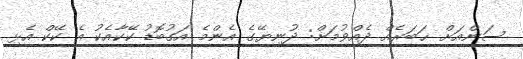
ސަންއަށް ޚަބަރެއް ދެއްވުމަށް: ދުނިޔޭގެ އެންމެ އަގުބޮޑު ކޭކާއެކު އެ ކޭކް އެޅި